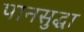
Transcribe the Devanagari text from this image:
पानसुद्धा